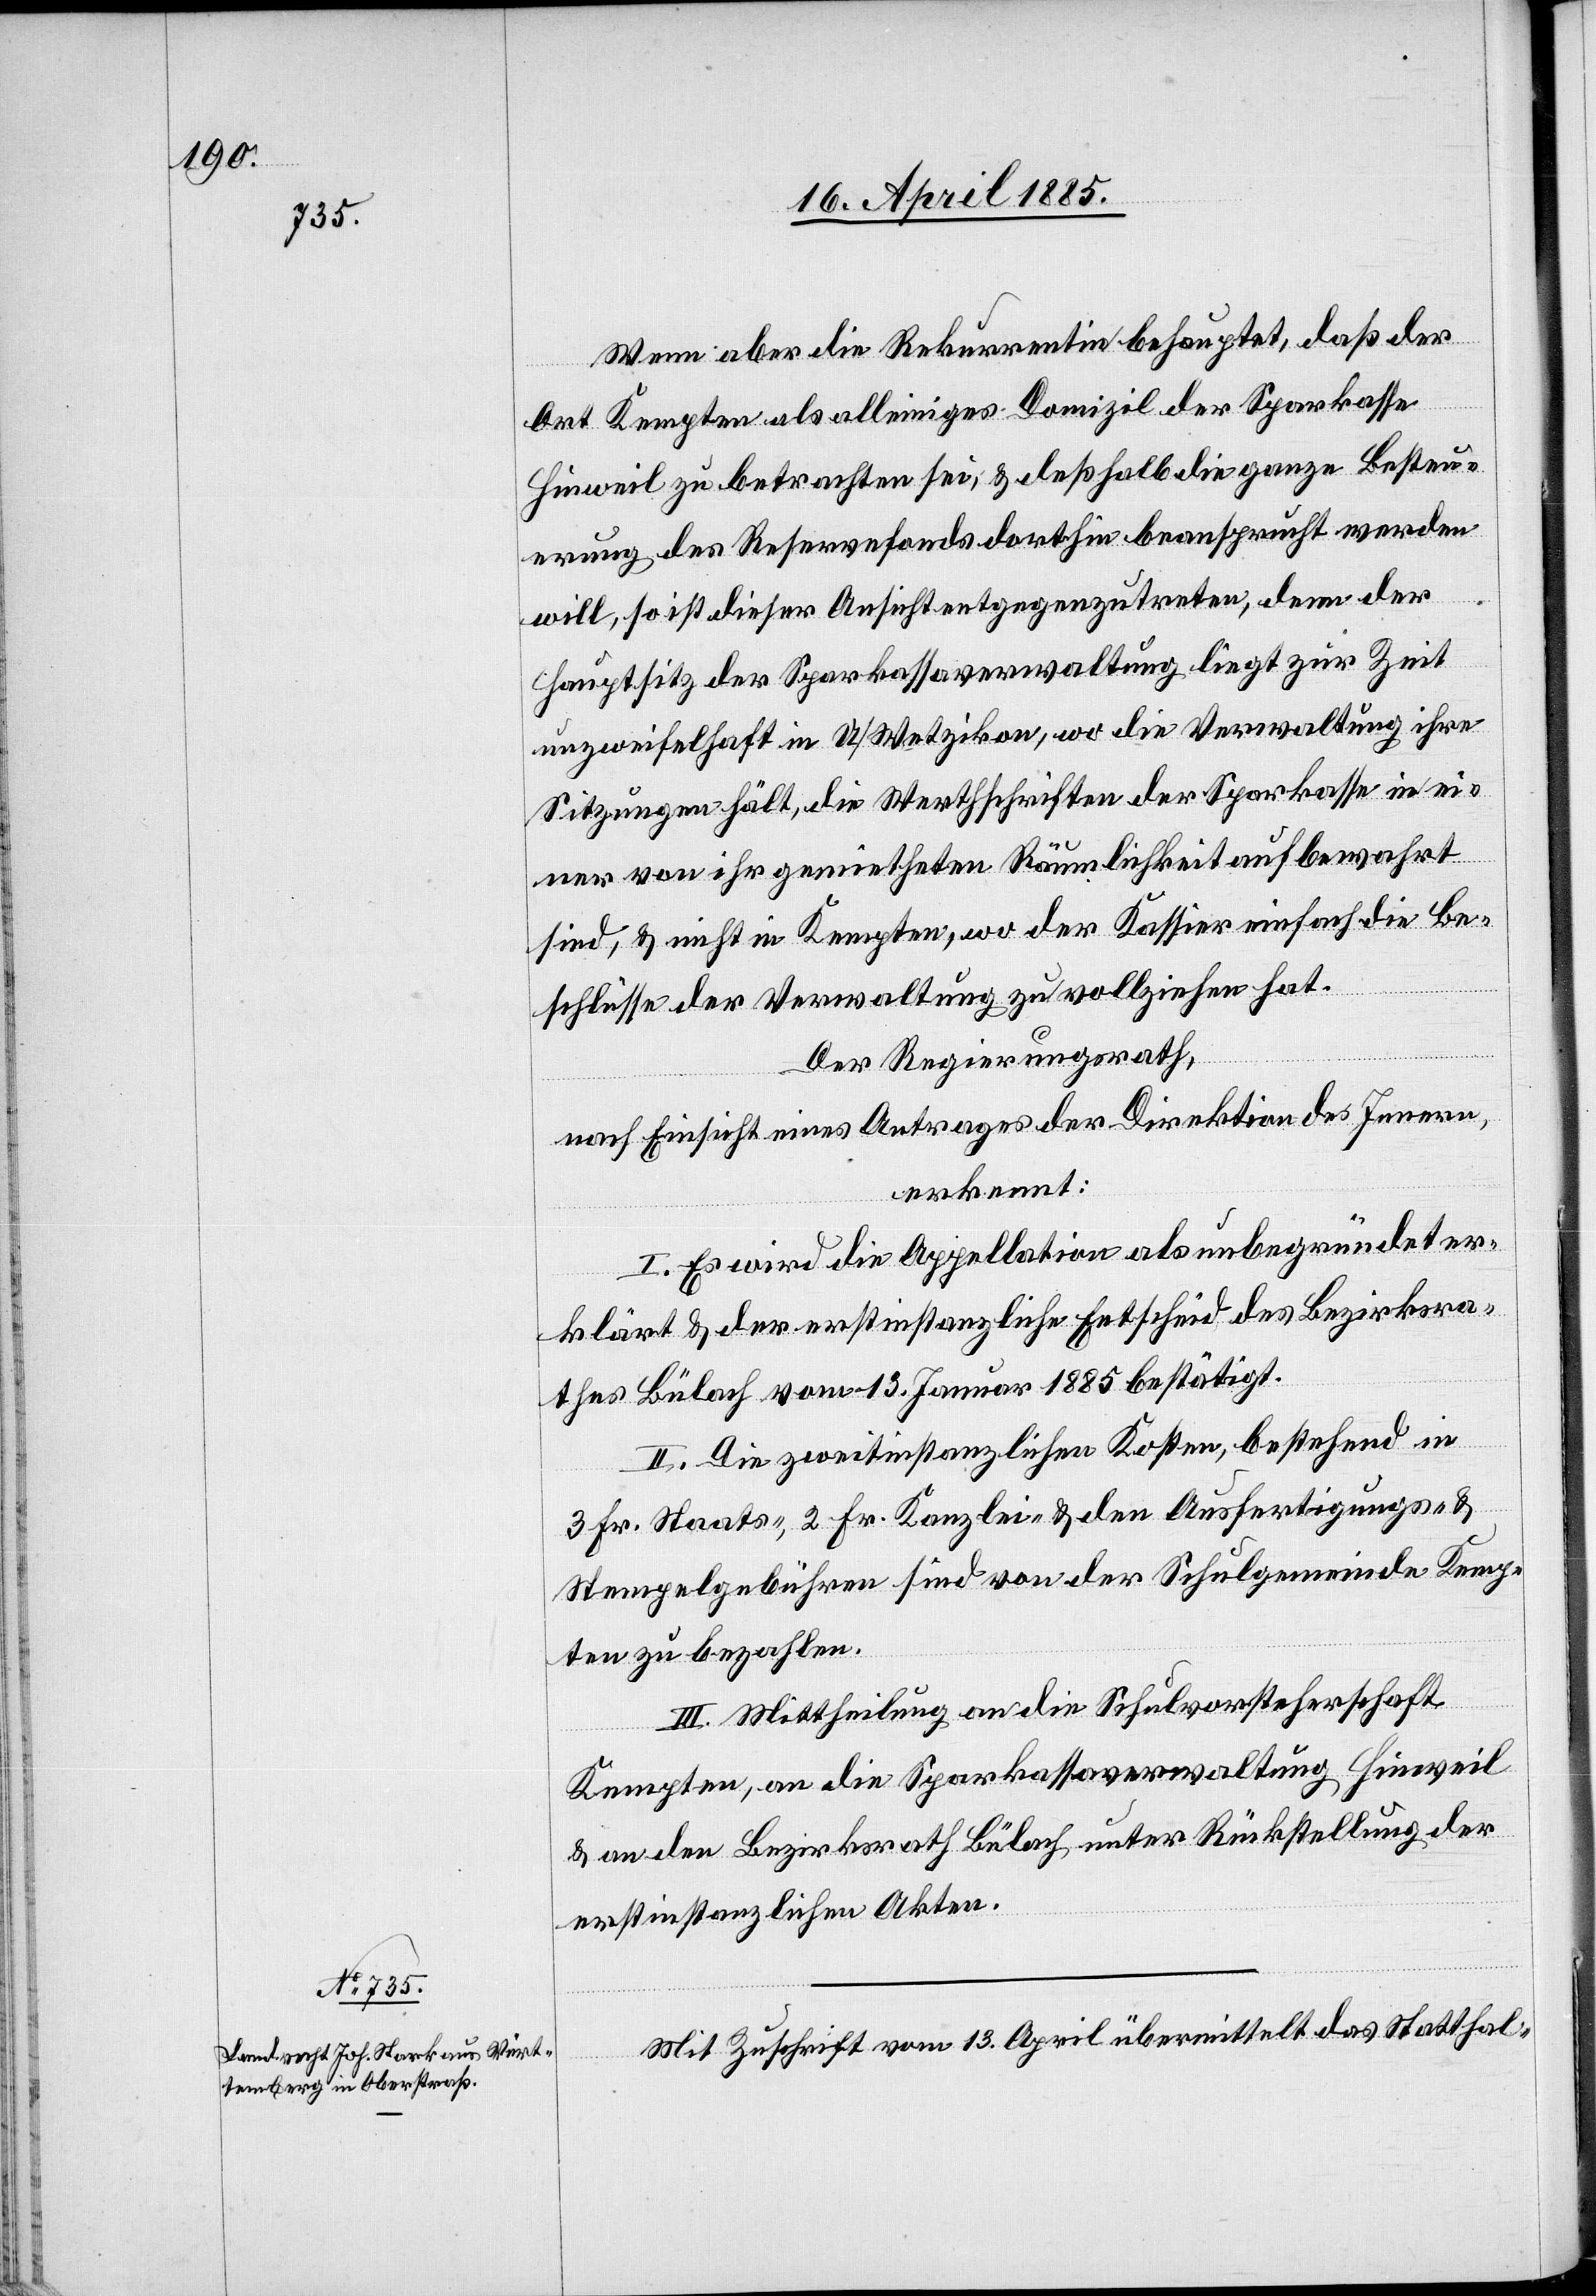
Mit Zuschrift vom 13. April übermittelt das Statthal-